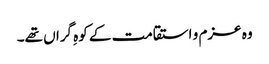
وہ عزم و استقامت کے کوہِ گراں تھے۔